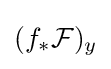
(f_{*}{\mathcal {F}})_{y}